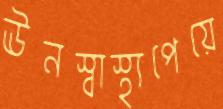
ঊনস্বাস্থ্যপেয়ে